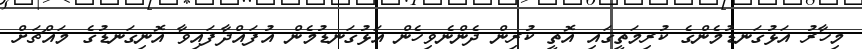
މިހާރު އަޅުގަނޑުމެންގެ ކުރިމަތީގައި އޮތީ ކުރިން ދެންނެވިހެން އަޅުގަނޑުމެން އުފައްދާފައިވާ އޮނިގަނޑުގެ މައްޗަށް